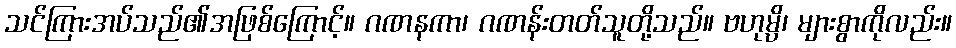
သင်ကြားအပ်သည်၏အဖြစ်ကြောင့်။ ဂဏနကာ၊ ဂဏန်းတတ်သူတို့သည်။ ဗဟုမ္ပိ၊ များစွာကိုလည်း။